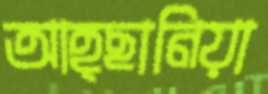
আহ্ছানিয়া